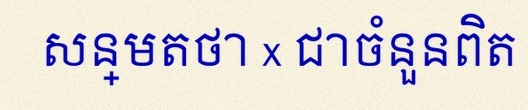
សន្មតថា x ជាចំនួនពិត